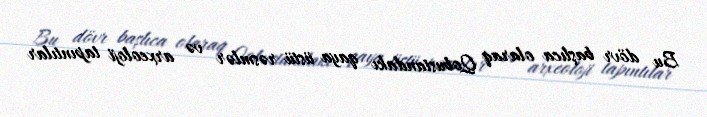
Bu dövr başlıca olaraq Qobustandakı qaya üstü rəsmlər və arxeoloji tapıntılar